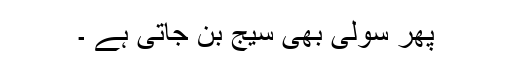
پھر سولی بھی سیج بن جاتی ہے ۔